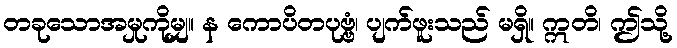
တခုသောအမှုကိုမျှ။ န ကောပိတပုဗ္ဗံ၊ ပျက်ဖူးသည် မရှိ။ ဣတိ၊ ဤသို့